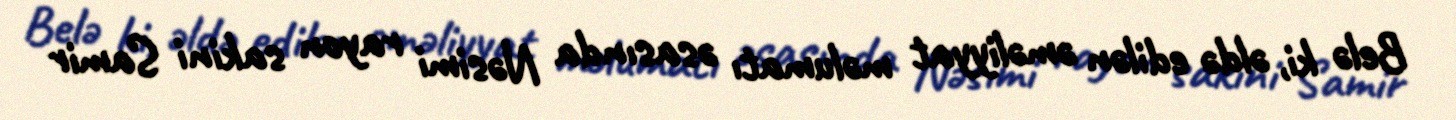
Belə ki, əldə edilən əməliyyat məlumatı əsasında Nəsimi rayon sakini Samir